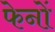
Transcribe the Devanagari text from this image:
फेनों